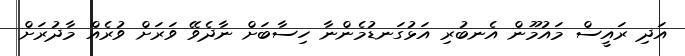
އަދި ރައީސް މައުމޫން އެނބުރި އަޅުގަނޑުމެންނާ ހިސާބަށް ނާދެވޭ ވަރަށް ވުރެއް މާދުރަށް